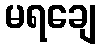
မရချေ